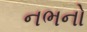
નભનો